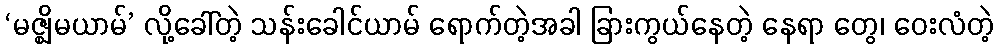
‘မဇ္ဈိမယာမ်’ လို့ခေါ်တဲ့ သန်းခေါင်ယာမ် ရောက်တဲ့အခါ ခြားကွယ်နေတဲ့ နေရာ တွေ၊ ဝေးလံတဲ့